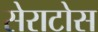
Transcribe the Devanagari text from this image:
सेराटोस